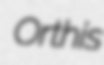
Orthis